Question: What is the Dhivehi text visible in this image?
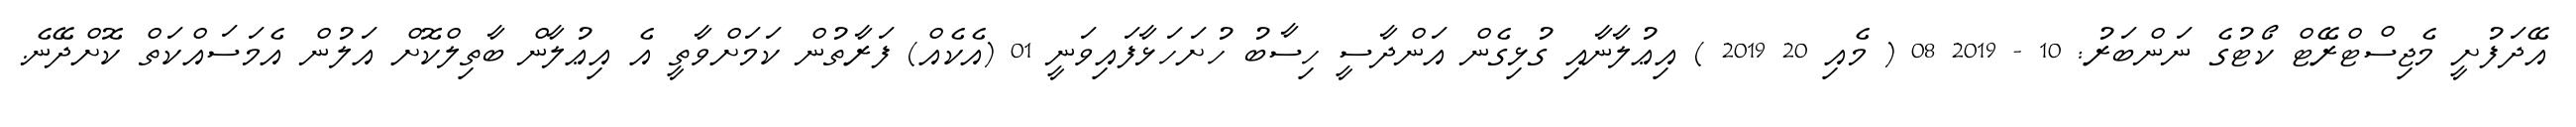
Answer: އޭދަފުށީ މެޖިސްޓްރޭޓް ކޯޓުގެ ނަންބަރު: 10 - 2019 08 ( މެއި 20 2019 ) އިޢުލާނާއި ގުޅިގެން އަންދާސީ ހިސާބު ހުށަހަޅާފައިވަނީ 01 (އެކެއް) ފަރާތުން ކަމަށްވާތީ އެ އިޢުލާން ބާތިލްކޮށް އަލުން އެމަސައްކަތް ކޮށްދޭނެ.